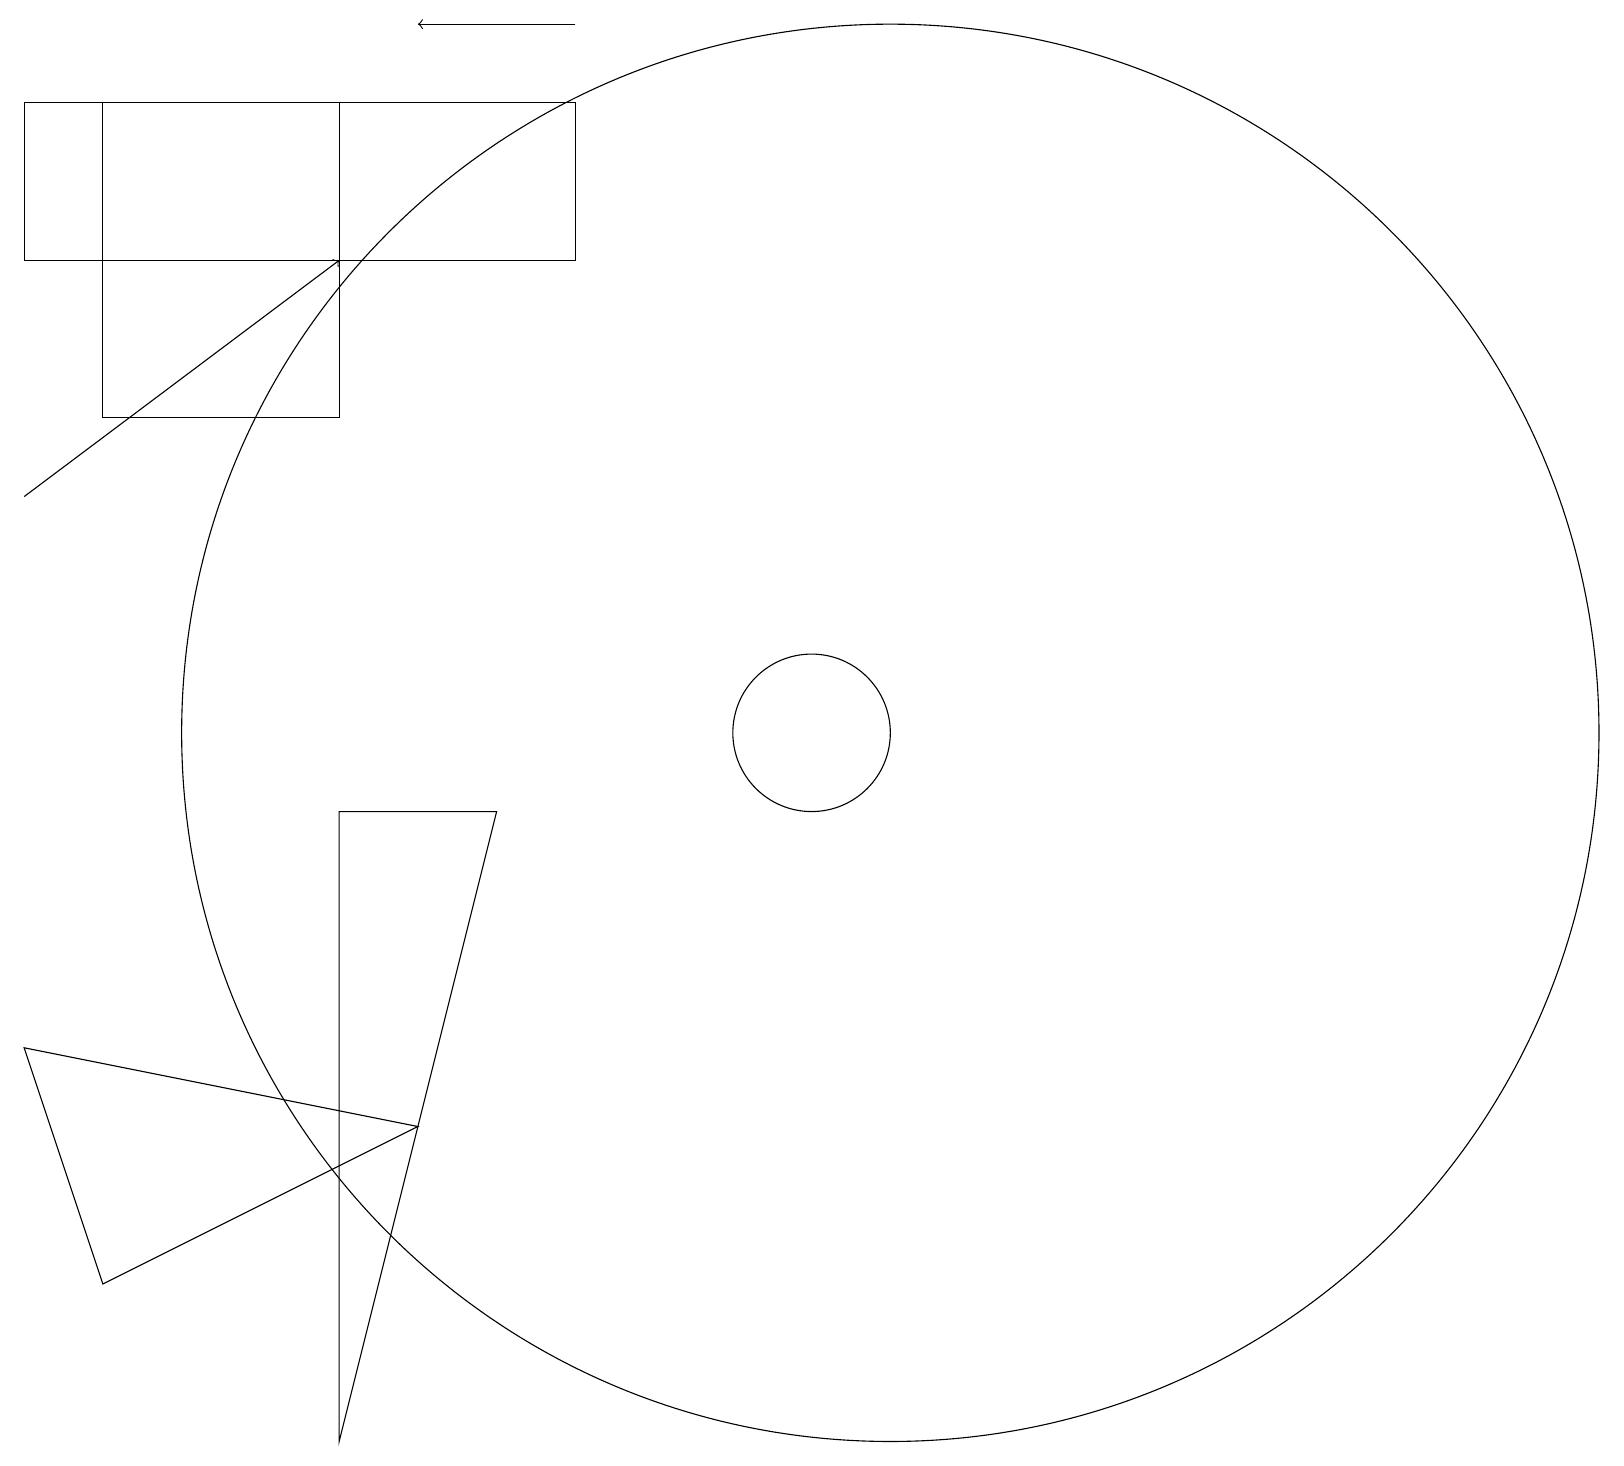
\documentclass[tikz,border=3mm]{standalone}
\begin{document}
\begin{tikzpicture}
\draw (10,10) circle (1);
\draw[->] (7,19) -- (5,19);
\draw (1,18) rectangle (4,14);
\draw (0,6) -- (1,3) -- (5,5) -- cycle;
\draw (0,16) rectangle (7,18);
\draw (6,9) -- (4,9) -- (4,1) -- cycle;
\draw (11,10) circle (9);
\draw[->] (0,13) -- (4,16);
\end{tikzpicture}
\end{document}